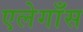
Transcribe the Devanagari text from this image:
एलेगाँस